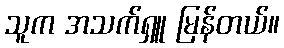
သူက အသက်ရှူ မြန်တယ်။